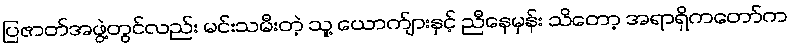
ပြဇာတ်အဖွဲ့တွင်လည်း မင်းသမီးတဲ့ သူ့ ယောက်ျားနှင့် ညီနေမှန်း သိတော့ အရာရှိကတော်က